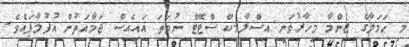
މި ޙަމަލާގެ ޒިންމާ މިހާރުވަނީ އިސްލާމިކް ސްޓޭޓް ނުވަތަ އައިއެސް ޖަމާއަތުން އުފުލާފައެވެ.